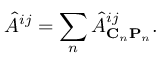
\hat { A } ^ { i j } = \sum _ { n } \hat { A } _ { { \bf C } _ { n } { \bf P } _ { n } } ^ { i j } .